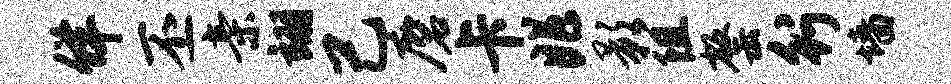
佯丕亲翊己磨卡兆影阻罄行墙